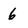
Character: 6